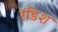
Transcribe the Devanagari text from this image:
रॅडिश